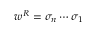
w ^ { R } = \sigma _ { n } \cdots \sigma _ { 1 }